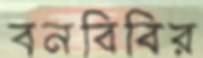
বনবিবির